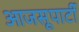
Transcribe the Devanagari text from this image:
आजसूपार्टी